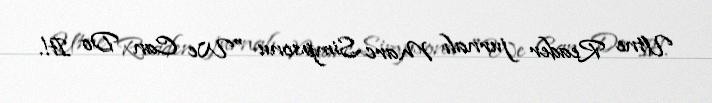
Utne Reader jurnalı Marc Simpsonu "We Can Do It!.